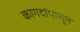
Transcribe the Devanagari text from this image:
कागदांपासून